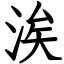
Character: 涘